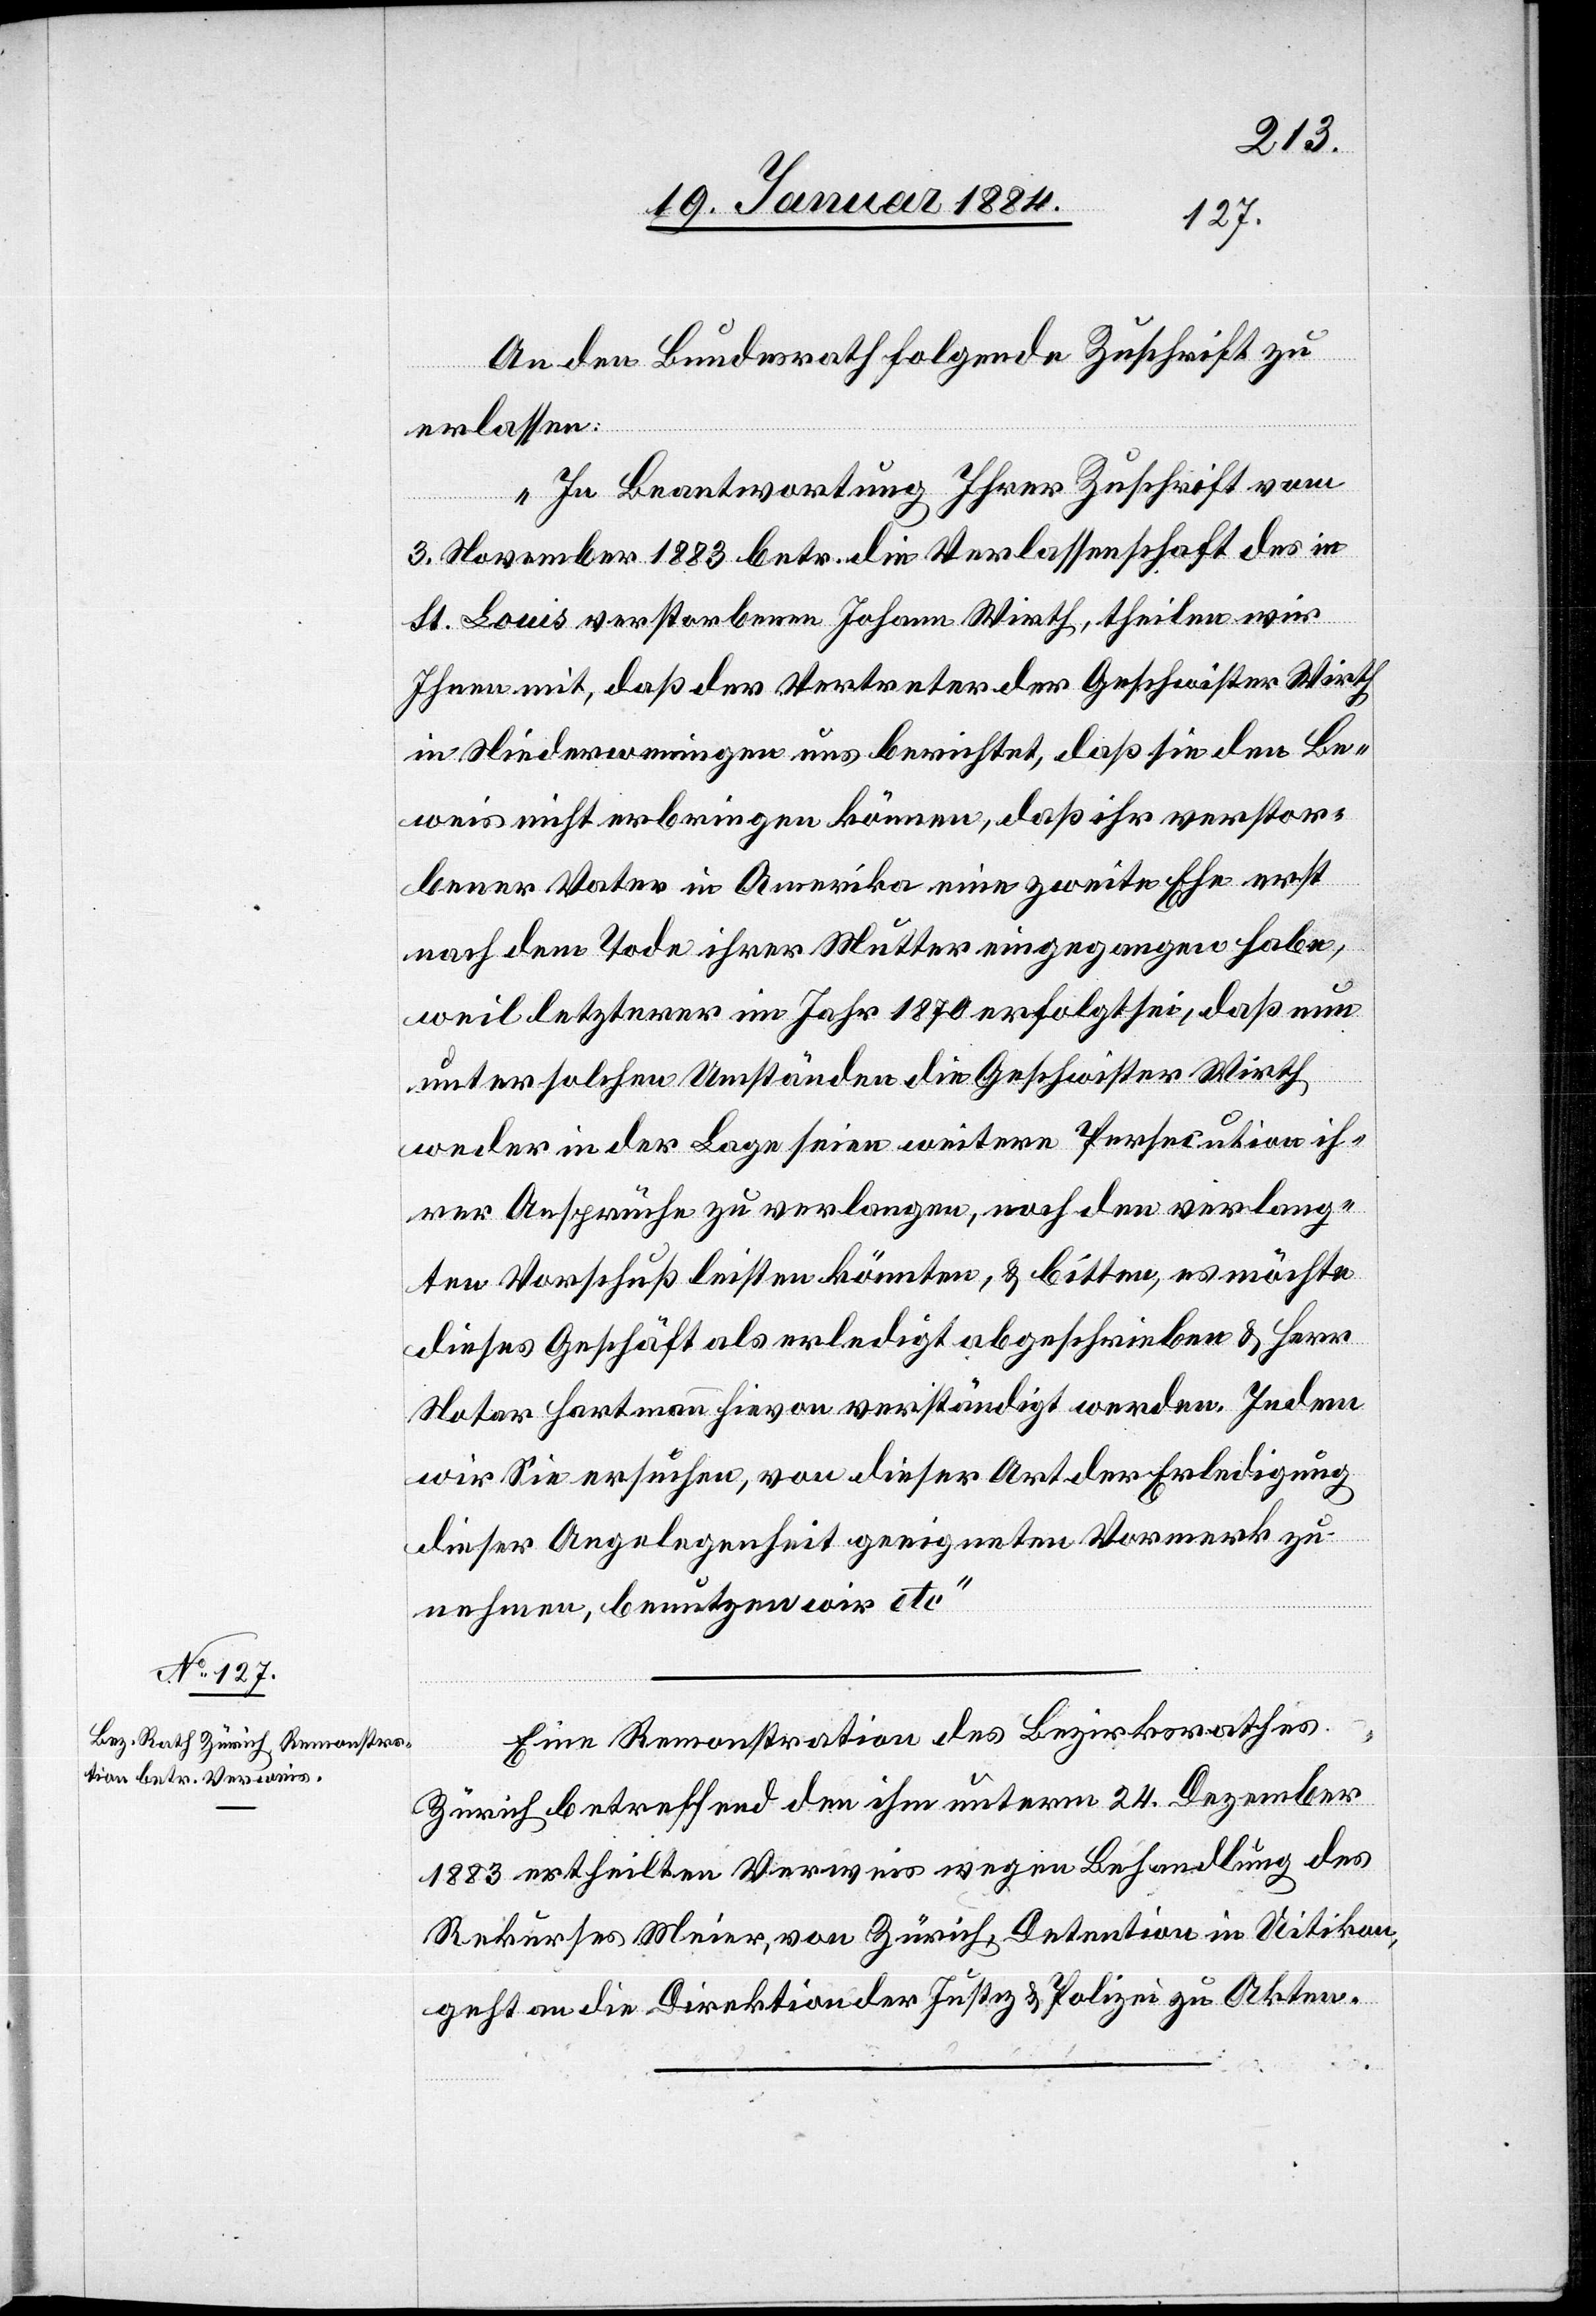
An den Bundesrath folgende Zuschrift zu
erlassen:
„In Beantwortung Ihrer Zuschrift vom
3. November 1883 betr. die Verlassenschaft des in
St. Louis verstorbenen Johann Wirth, theilen wir
Ihnen mit, daß der Vertreter der Geschwister Wirth
in Niederweningen uns berichtet, daß sie den Be¬
weis nicht erbringen können, daß ihr verstor¬
bener Vater in Amerika eine zweite Ehe erst
nach dem Tode ihrer Mutter eingegangen habe,
weil letzterer im Jahr 1870 erfolgt sei, daß nun
un¬
ter solchen Umständen die Geschwister Wirth
weder in der Lage seien weitere Persecution ih¬
rer Ansprüche zu verlangen, noch den verlang¬
ten Vorschuß leisten könnten, & bitten, es möchte
dieses Geschäft als erledigt abgeschrieben & Herr
Notar Hartmann hievon verständigt werden. Indem
wir Sie ersuchen, von dieser Art der Erledigung
dieser Angelegenheit geeigneten Vormerk zu
nehmen, benutzen wir etc.“
Eine Remonstration des Bezirksrathes
Zürich betreffend den ihm unterm 24. Dezember
1883 ertheilten Verweis wegen Behandlung des
Rekurses Meier, von Zürich, Detention in Uitikon,
geht an die Direktion der Justiz & Polizei zu Akten.